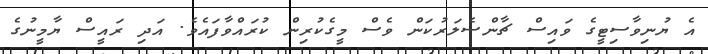
އެ ޔުނިވާސިޓީގެ ވައިސް ޗާންސެލަރުކަން ވެސް މީގެކުރިން ކުރައްވާފައެވެ. އަދި ރައީސް ޔާމީނުގެ